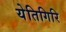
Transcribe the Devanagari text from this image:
येतिगिरि